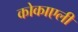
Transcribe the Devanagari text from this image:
कोकाएली